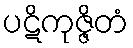
ပဋိကုဇ္ဇိတံ